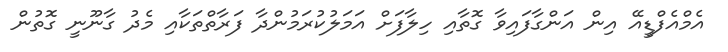
އެމްއެފްޑީއޭ އިން އަންގާފައިވާ ގޮތާއި ހިލާފަށް އަމަލުކުރަމުންދާ ފަރާތްތަކާއި މެދު ގާނޫނީ ގޮތުން